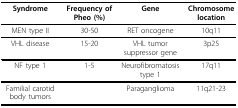
| Syndrome | Frequency of Pheo (%) | Gene | Chromosome location |
 | --- | --- | --- | --- |
 | MEN type II | 30-50 | RET oncogene | 10q11 |
 | VHL disease | 15-20 | VHL tumor suppressor gene | 3p25 |
 | NF type 1 | 1-5 | Neurofibromatosis type 1 | 17q11 |
 | Familial carotid body tumors |  | Paraganglioma | 11q21-23 |